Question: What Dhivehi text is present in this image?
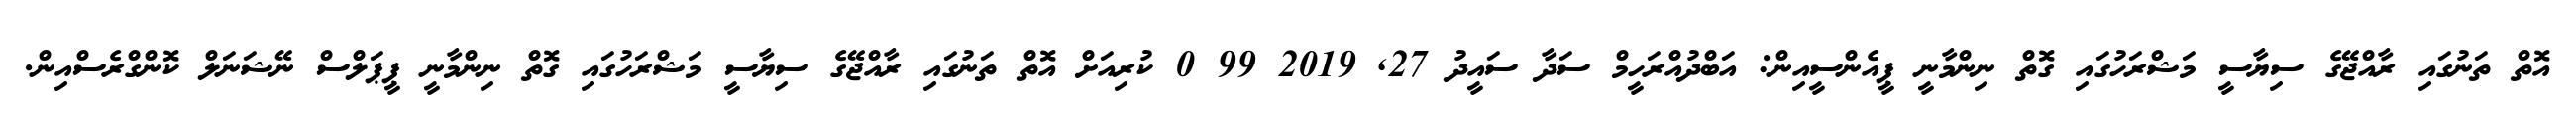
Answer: އޮތް ތަނުގައި ރާއްޖޭގެ ސިޔާސީ މަޝްރަހުގައި ގޮތް ނިންމާނީ ޕީއެންސީއިން: އަބްދުއްރަހީމް ސަދާ ސައީދު 27, 2019 99 0 ކުރިއަށް އޮތް ތަނުގައި ރާއްޖޭގެ ސިޔާސީ މަޝްރަހުގައި ގޮތް ނިންމާނީ ޕީޕަލްސް ނޭޝަނަލް ކޮންގްރެސްއިން.